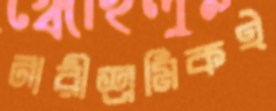
নারীশ্রমিকই